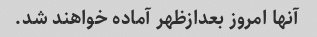
آنها امروز بعدازظهر آماده خواهند شد.